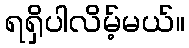
ရရှိပါလိမ့်မယ်။